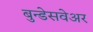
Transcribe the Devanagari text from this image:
बुन्डेसवेअर